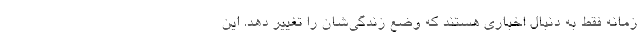
زمانه فقط به دنبال اخباری هستند که وضع زندگی‌شان را تغییر دهد. این